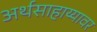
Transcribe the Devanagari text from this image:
अर्थसाहाय्यावर